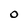
Character: 0